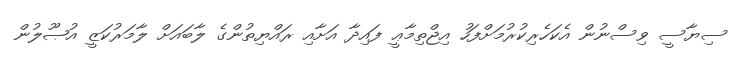
ސިޔާސީ ވިސްނުން އެކަހެރިކުރުމަށްފަހު އިޖްތިމާޢީ ފައިދާ އަށާއި ރައްޔިތުންގެ ލާބައަށް ލާމަރުކަޒީ އުޞޫލުން